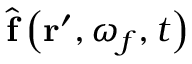
\hat { \mathbf { f } } \left( \mathbf { r } ^ { \prime } , \omega _ { f } , t \right)